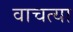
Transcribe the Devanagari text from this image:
वाचत्या